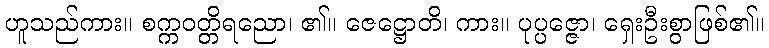
ဟူသည်ကား။ စက္ကဝတ္တိရညော၊ ၏။ ဇေဋ္ဌောတိ၊ ကား။ ပုပ္ပဇ္ဇော၊ ရှေးဦးစွာဖြစ်၏။